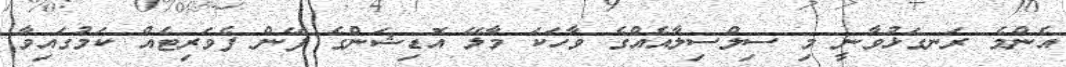
އެންމެ ރަނގަޅުވާނީ މި ސިލްސިލާއެއްގެ ވާހަކަ މާލޭ އޮޑިޝަންގެ ފޭން ފެވަރިޓެއް ކަމުގައިވާ